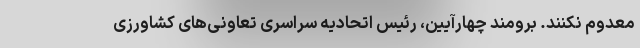
معدوم نکنند. برومند چهارآیین، رئیس اتحادیه سراسری تعاونی‌های کشاورزی